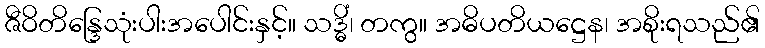
ဇီဝိတိန္ဒြေသုံးပါးအပေါင်းနှင့်။ သဒ္ဓိံ၊ တကွ။ အဓိပတိယဋ္ဌေန၊ အစိုးရသည်၏